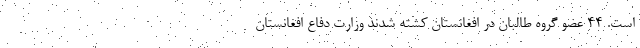
است. ۴۴ عضو گروه طالبان در افغانستان کشته شدند وزارت دفاع افغانستان